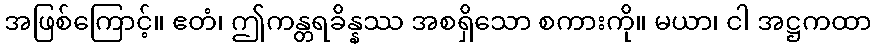
အဖြစ်ကြောင့်။ ဧတံ၊ ဤကန္တရခိန္နဿ အစရှိသော စကားကို။ မယာ၊ ငါ အဋ္ဌကထာ